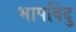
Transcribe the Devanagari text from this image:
भापविंदु